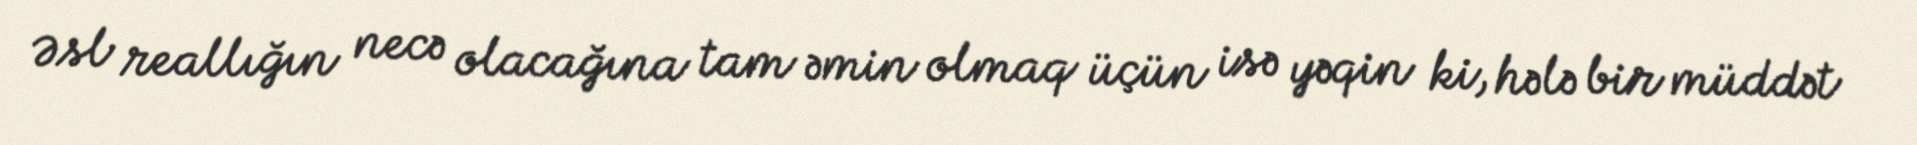
Əsl reallığın necə olacağına tam əmin olmaq üçün isə yəqin ki, hələ bir müddət